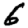
Digit: 6